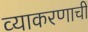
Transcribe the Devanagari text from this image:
व्याकरणाचीं